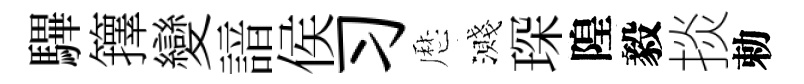
驆籜變諳侯习厯濺琛隍毅掞勅